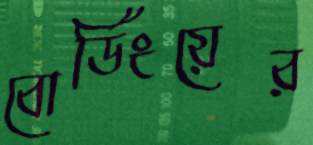
বোর্ডিংয়ের